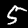
Label: 5